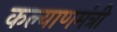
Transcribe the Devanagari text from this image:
कल्याणमंत्री